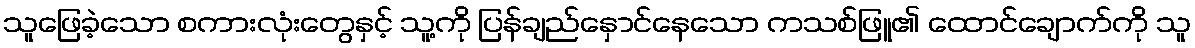
သူဖြေခဲ့သော စကားလုံးတွေနှင့် သူ့ကို ပြန်ချည်နှောင်နေသော ကသစ်ဖြူ၏ ထောင်ချောက်ကို သူ